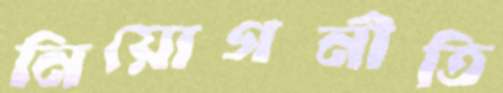
নিয়োগনীতি